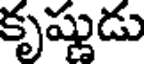
కృష్ణుడు